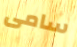
سامى